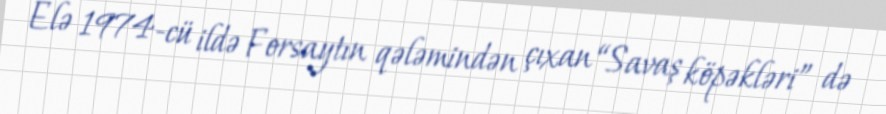
Elə 1974-cü ildə Forsaytın qələmindən çıxan “Savaş köpəkləri” də